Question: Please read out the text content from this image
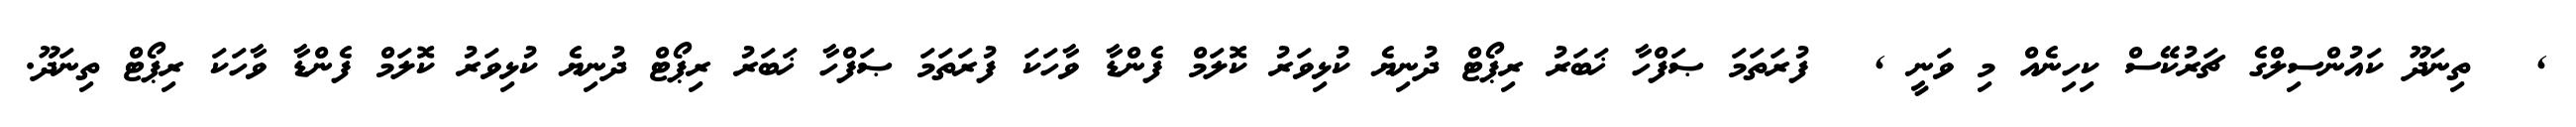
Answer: , ? ތިނަދޫ ކައުންސިލްގެ ޗަރުކޭސް ކިހިނެއް މި ވަނީ , ? ފުރަތަމަ ޞަފްހާ ޚަބަރު ރިޕޯޓް ދުނިޔެ ކުޅިވަރު ކޮލަމް ފެންޑާ ވާހަކަ ފުރަތަމަ ޞަފްހާ ޚަބަރު ރިޕޯޓް ދުނިޔެ ކުޅިވަރު ކޮލަމް ފެންޑާ ވާހަކަ ރިޕޯޓް ތިނަދޫ.